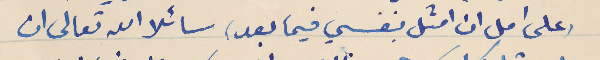
وعلى امل ان امثل بنفسي فيما بعد، سائلا الله تعالى ان